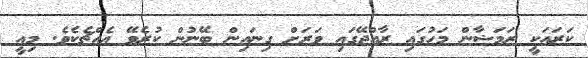
ކަރައަކީ ރަމަޟާން މަހުގައި ރާއްޖޭގައި ވަރަށް ގިނައިން ބޭނުން ކުރެވޭ އެއްޗެކެވެ. މިއީ